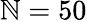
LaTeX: \mathbb{N}=50